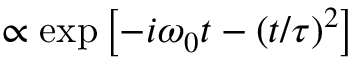
\propto \exp \left[ - i \omega _ { 0 } { t } - \left( t / \tau \right) ^ { 2 } \right]